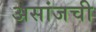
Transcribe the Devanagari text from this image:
असांजची